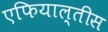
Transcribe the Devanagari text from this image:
एफियाल्तीस